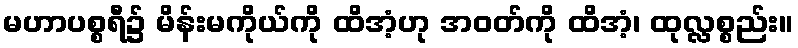
မဟာပစ္စရီ၌ မိန်းမကိုယ်ကို ထိအံ့ဟု အဝတ်ကို ထိအံ့၊ ထုလ္လစ္စည်း။